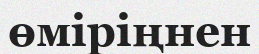
өміріңнен